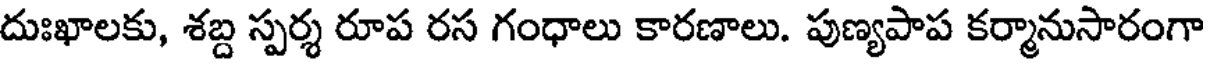
దుఃఖాలకు, శబ్ద స్పర్శ రూప రస గంధాలు కారణాలు. పుణ్యపాప కర్మానుసారంగా